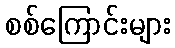
စစ်ကြောင်းများ